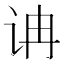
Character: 𰵘